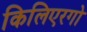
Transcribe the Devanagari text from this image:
किलिएरगो